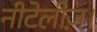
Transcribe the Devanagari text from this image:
नीटेलीज़।